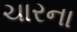
ચારના